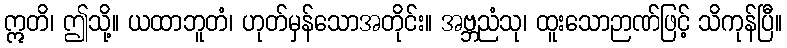
ဣတိ၊ ဤသို့။ ယထာဘူတံ၊ ဟုတ်မှန်သောအတိုင်း။ အဗ္ဘညံသု၊ ထူးသောဉာဏ်ဖြင့် သိကုန်ပြီ။